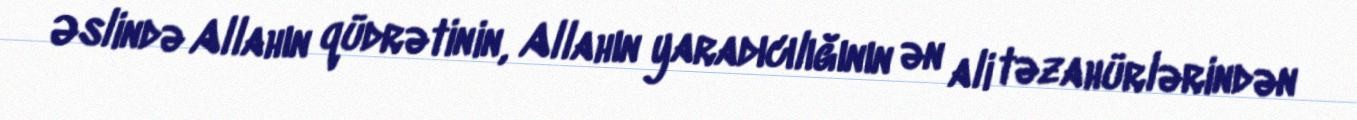
Əslində Allahın qüdrətinin, Allahın yaradıcılığının ən ali təzahürlərindən